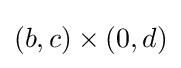
(b,c)\times (0,d)